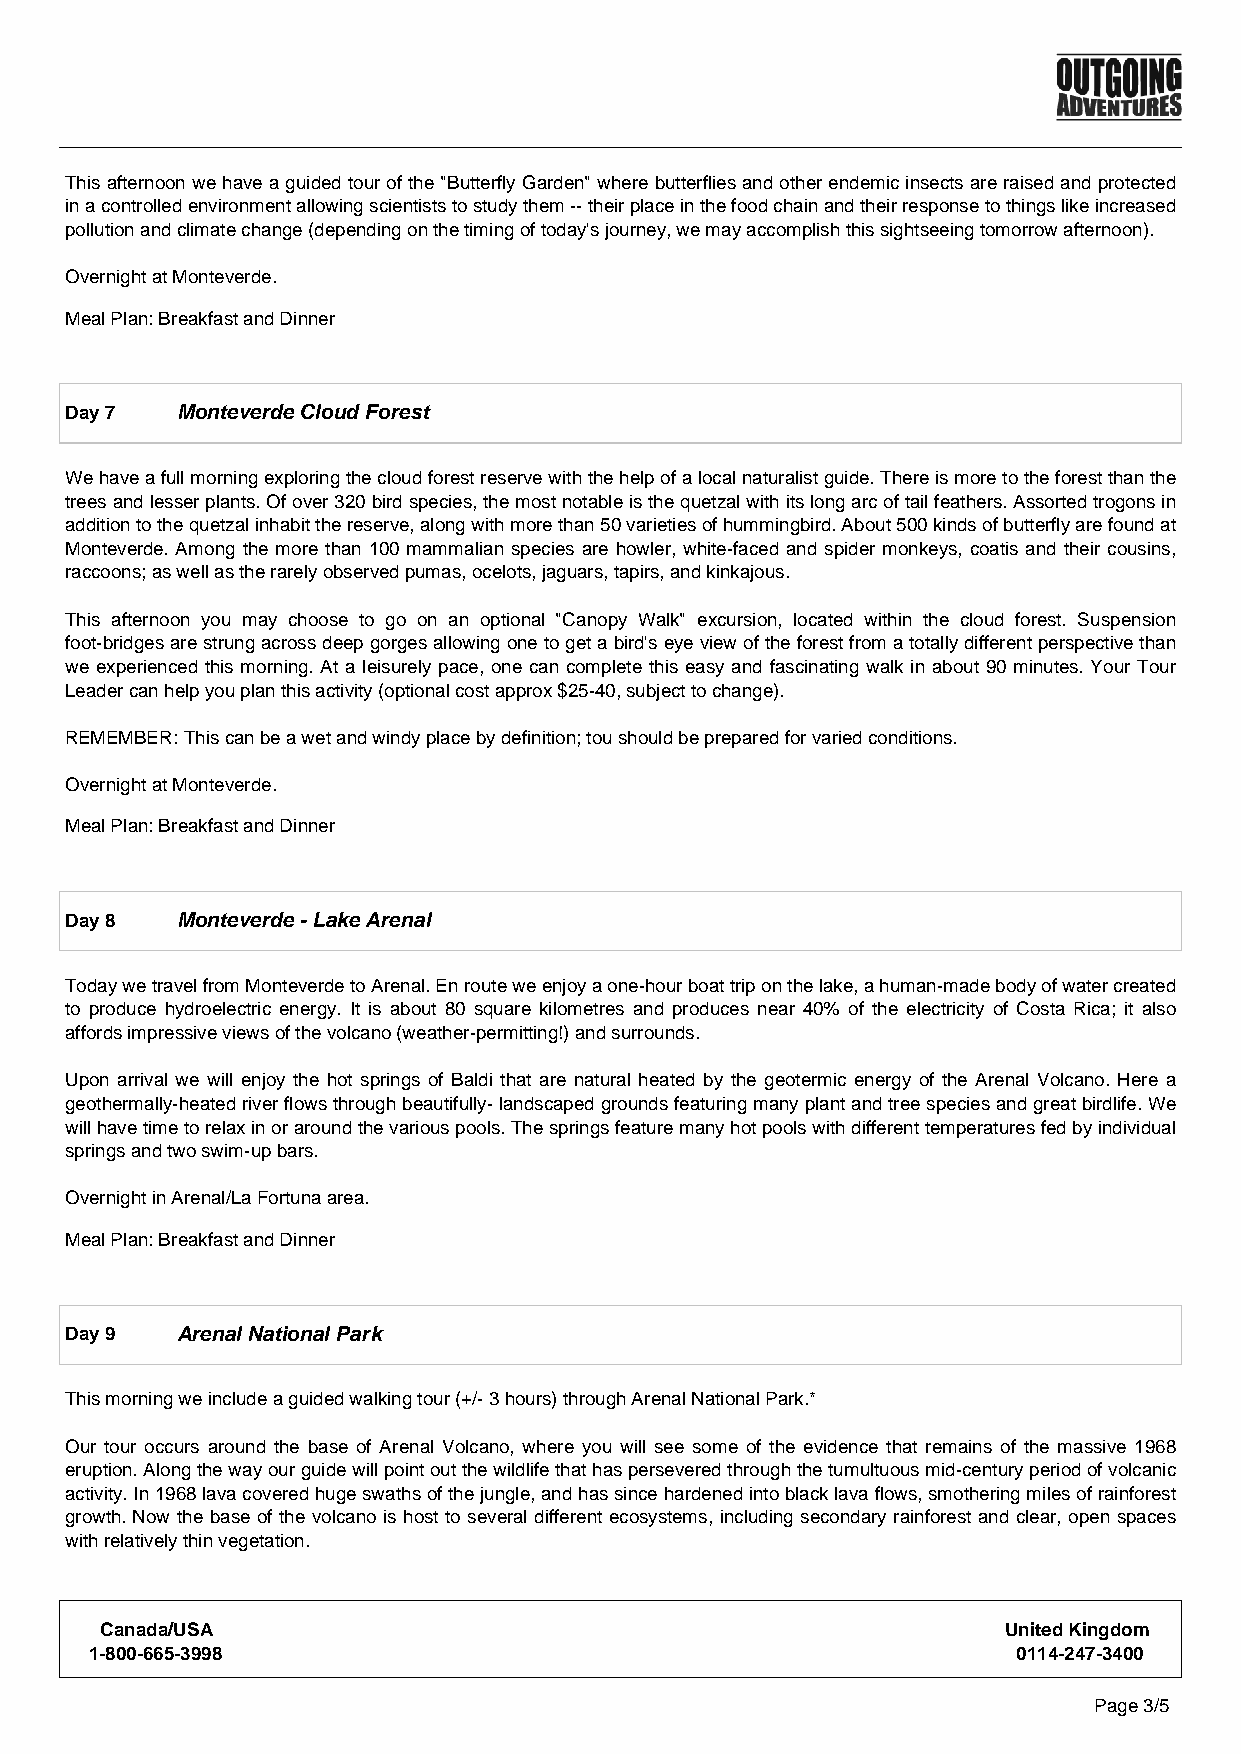
This afternoon we have a guided tour of the "Butterfly Garden" where butterflies and other endemic insects are raised and protected
 in a controlled environment allowing scientists to study them -- their place in the food chain and their response to things like increased
 pollution and climate change (depending on the timing of today's journey, we may accomplish this sightseeing tomorrow afternoon).
 Overnight at Monteverde.
 Meal Plan: Breakfast and Dinner
 Day 7   Monteverde Cloud Forest
 We have a full morning exploring the cloud forest reserve with the help of a local naturalist guide. There is more to the forest than the
 trees and lesser plants. Of over 320 bird species, the most notable is the quetzal with its long arc of tail feathers. Assorted trogons in
 addition to the quetzal inhabit the reserve, along with more than 50 varieties of hummingbird. About 500 kinds of butterfly are found at
 Monteverde. Among the more than 100 mammalian species are howler, white-faced and spider monkeys, coatis and their cousins,
 raccoons; as well as the rarely observed pumas, ocelots, jaguars, tapirs, and kinkajous.
 This afternoon you may choose to go on an optional "Canopy Walk" excursion, located within the cloud forest. Suspension
 foot-bridges are strung across deep gorges allowing one to get a bird's eye view of the forest from a totally different perspective than
 we experienced this morning. At a leisurely pace, one can complete this easy and fascinating walk in about 90 minutes. Your Tour
 Leader can help you plan this activity (optional cost approx $25-40, subject to change).
 REMEMBER: This can be a wet and windy place by definition; tou should be prepared for varied conditions.
 Overnight at Monteverde.
 Meal Plan: Breakfast and Dinner
 Day 8   Monteverde - Lake Arenal
 Today we travel from Monteverde to Arenal. En route we enjoy a one-hour boat trip on the lake, a human-made body of water created
 to produce hydroelectric energy. It is about 80 square kilometres and produces near 40% of the electricity of Costa Rica; it also
 affords impressive views of the volcano (weather-permitting!) and surrounds.
 Upon arrival we will enjoy the hot springs of Baldi that are natural heated by the geotermic energy of the Arenal Volcano. Here a
 geothermally-heated river flows through beautifully- landscaped grounds featuring many plant and tree species and great birdlife. We
 will have time to relax in or around the various pools. The springs feature many hot pools with different temperatures fed by individual
 springs and two swim-up bars.
 Overnight in Arenal/La Fortuna area.
 Meal Plan: Breakfast and Dinner
 Day 9   Arenal National Park
 This morning we include a guided walking tour (+/- 3 hours) through Arenal National Park.*
 Our tour occurs around the base of Arenal Volcano, where you will see some of the evidence that remains of the massive 1968
 eruption. Along the way our guide will point out the wildlife that has persevered through the tumultuous mid-century period of volcanic
 activity. In 1968 lava covered huge swaths of the jungle, and has since hardened into black lava flows, smothering miles of rainforest
 growth. Now the base of the volcano is host to several different ecosystems, including secondary rainforest and clear, open spaces
 with relatively thin vegetation.
 Canada/USA                                                 United Kingdom
 1-800-665-3998                                               0114-247-3400
 Page 3/5